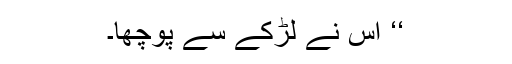
‘‘ اُس نے لڑکے سے پوچھا۔